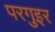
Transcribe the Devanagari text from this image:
परगुइर